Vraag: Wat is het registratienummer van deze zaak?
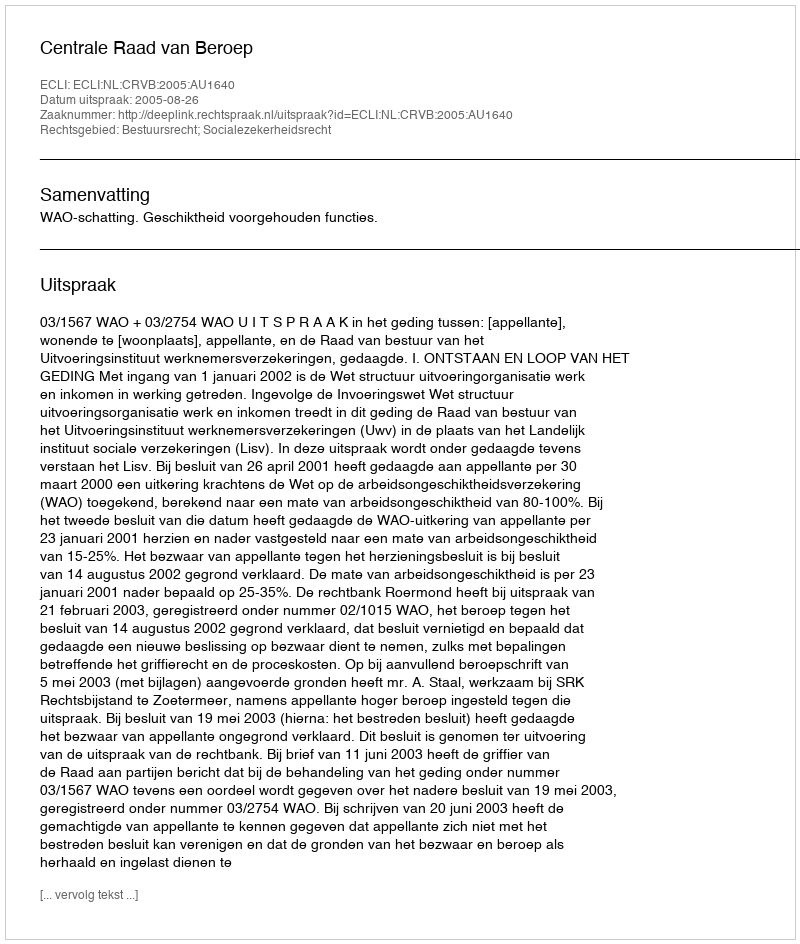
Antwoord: http://deeplink.rechtspraak.nl/uitspraak?id=ECLI:NL:CRVB:2005:AU1640